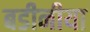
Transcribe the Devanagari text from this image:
बडीनीया